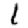
Digit: 1